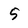
Character: 5